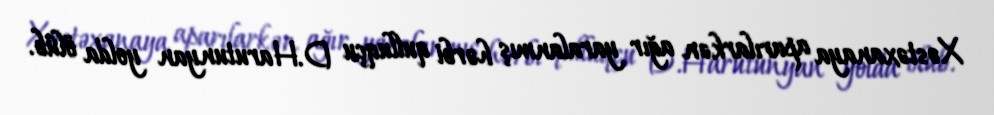
Xəstəxanaya aparılarkən ağır yaralanmış hərbi qulluqçu D.Harutunyan yolda ölüb.